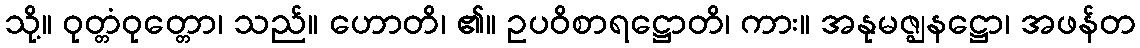
သို့။ ဝုတ္တံဝုတ္တော၊ သည်။ ဟောတိ၊ ၏။ ဥပဝိစာရဋ္ဌောတိ၊ ကား။ အနုမဇ္ဈနဋ္ဌော၊ အဖန်တ